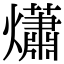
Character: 𤑳